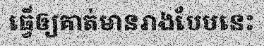
ធ្វើឲ្យគាត់មានរាងបែបនេះ